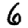
Digit: 6